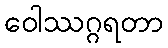
ဝေါဿဂ္ဂရတာ